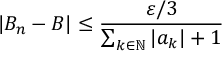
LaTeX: | B _ { n } - B | \leq { \frac { \varepsilon / 3 } { \sum _ { k \in { \mathbb { N } } } | a _ { k } | + 1 } }